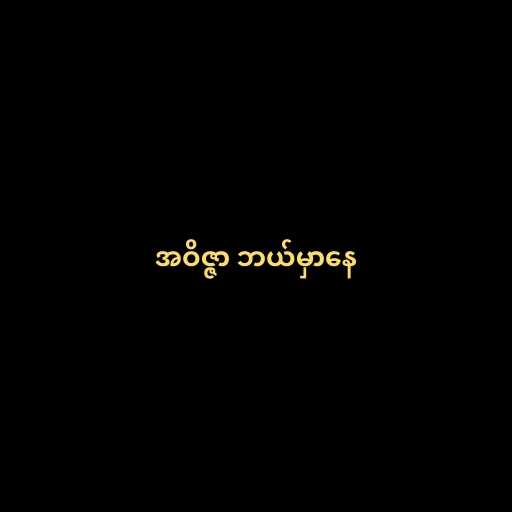
အဝိဇ္ဇာ ဘယ်မှာနေ